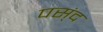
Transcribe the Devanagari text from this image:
पस्ंद